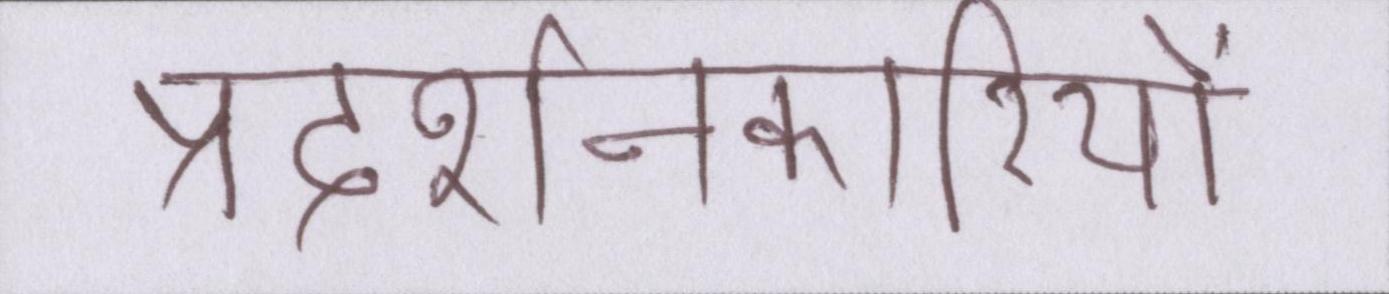
प्रदर्शनकारियों